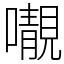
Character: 𡃁